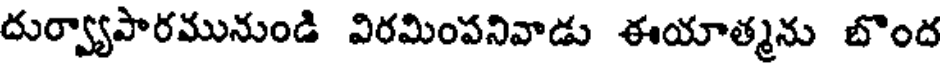
దుర్వ్యాపారమునుండి విరమింపనివాడు ఈయాత్మను బొంద